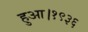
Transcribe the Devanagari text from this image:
हुआ।१९३६